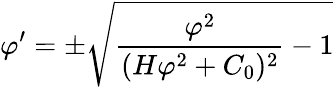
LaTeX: \varphi^{\prime}=\pm\sqrt{\frac{\varphi^{2}}{(H\varphi^{2}+C_{0})^{2}}-1}